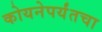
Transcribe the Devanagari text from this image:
कोयनेपर्यंतचा